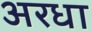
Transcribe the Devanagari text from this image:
अरधा